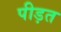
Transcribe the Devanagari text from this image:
पीड़त